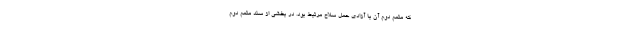
که متمم دوم آن با آزادی حمل سلاح مرتبط بود. در بخشی از سند متمم دوم